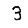
Digit: 3